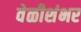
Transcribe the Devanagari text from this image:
वेळीशंभर